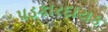
પડકારદાયક